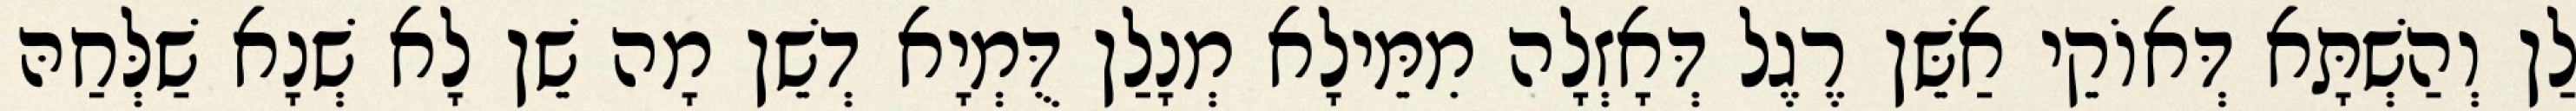
לַן וְהַשְׁתָּא דְּאוֹקֵי אַשֵּׁן רֶגֶל דְּאָזְלָה מִמֵּילָא מְנָלַן דֻּמְיָא דְשֵׁן מָה שֵׁן לָא שְׁנָא שַׁלְּחַהּ